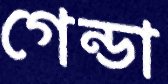
গেন্ডা